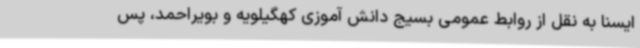
ایسنا به نقل از روابط عمومی بسیج دانش آموزی کهگیلویه و بویراحمد، پس